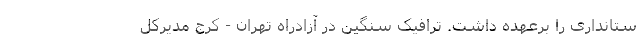
ستانداری را برعهده داشت. ترافیک سنگین در آزادراه تهران - کرج مدیرکل